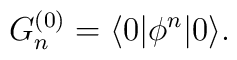
G^{(0)}_n=\langle 0|\phi ^n |0\rangle .